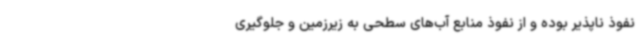
نفوذ ناپذیر بوده و از نفوذ منابع آب‌های سطحی به زیرزمین و جلوگیری